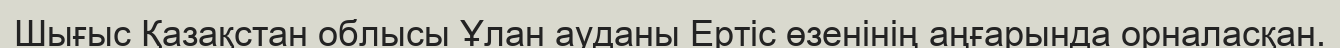
Шығыс Қазақстан облысы Ұлан ауданы Ертіс өзенінің аңғарында орналасқан.